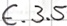
Text: E3.4